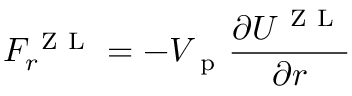
F _ { r } ^ { \mathrm { ~ Z ~ L ~ } } = - V _ { \mathrm { ~ p ~ } } \frac { \partial U ^ { \mathrm { ~ Z ~ L ~ } } } { \partial r }